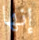
إنها